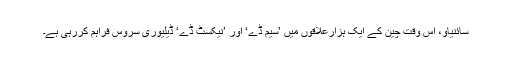
سائنیاؤ، اس وقت چین کے ایک ہزارعلاقوں میں ’سیم ڈے‘ اور ’نیکسٹ ڈے‘ ڈیلیوری سروس فراہم کررہی ہے۔